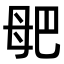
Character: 𣫰